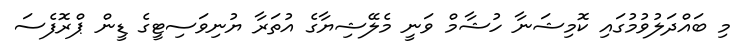
މި ބައްދަލުވުމުގައި ކޮމިޝަނާ ހުޝާމް ވަނީ މެލޭޝިޔާގެ އުތަރާ ޔުނިވަސިޓީގެ ޑީން ޕްރޮފެސަ